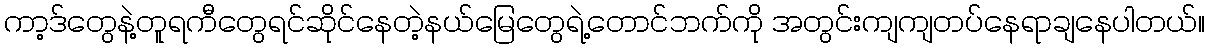
ကာ့ဒ်တွေနဲ့တူရကီတွေရင်ဆိုင်နေတဲ့နယ်မြေတွေရဲ့တောင်ဘက်ကို အတွင်းကျကျတပ်နေရာချနေပါတယ်။